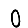
Digit: 0